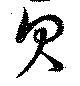
貝